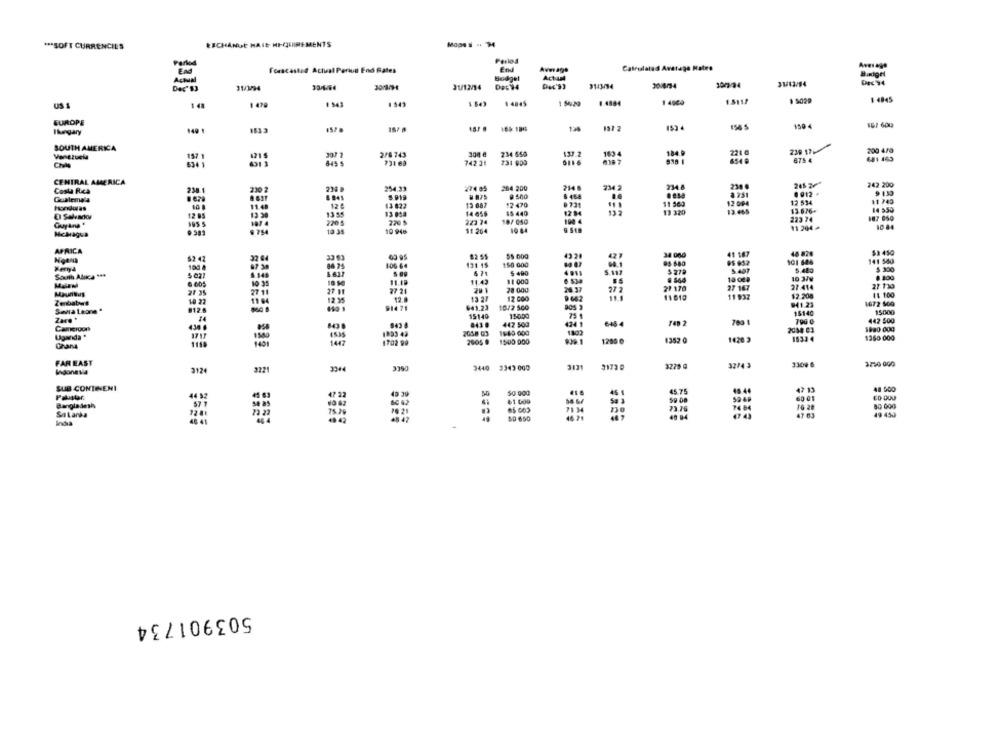
*** SOFT CURRENCIES
EXCHANGE HAIE MIQUIREMENTS
Perlos
forcasted Actual Periut End Rates
Average
Calrislaled Average Rateo
ActaMl
Budget
30/6/94
11/3/94
31/12/14
Duc'S)
1 9029
US $
1 48
1 470
1 543
1 543
1 4845
1 54,20
1.4884
EUROPE
165 1865
124
150 4
Ihungary
140 1
163 3
SOUTH AMERICA
2216
239 17
200 4/0
157 1
307 2
2/6743
300 €
234 650
137.
1634
184
675 4
681 465
4311
8455
742 31
6546
CENTRAL AMERICA
230 2
254.33
274 65
264 200
714 6
234 2
234 6
238 8
242 200
Costa Rea
5.919
6 454
0912 *
9 130
11.48
124
13 822
13 887
#2 470
11 563
12 004
12 534
11 740
Honduras
13 958
14 655
15 440
132
13 320
13.465
13 676-
14 550
12 85
13 30
1355
190 4
223 74
Guyana '
197 4
223 74
18/ 050
11 204 +
10.44
McMagua
10 34
10 948
11 264
19 84
9. Sta
APRICA
$3 450
33 63
69 95
82 55
$5 000
42
34 000
41 187
46 -824
84 75
1:00 64
121 15
150 000
101 626
141 540
Ferrya
100
6.637
$ 490
5.007
5.407
5.480
$ 300
11.4
11 000
. 53
$ $64
10 379
6.605
10 35
11.18
21 170
27 167
27 .414
27 130
27.11
27 21
78 000
28.37
27 2
11 932
12 300
11 100
Zenbabywe
11
12 35
12.8
13 21
12 000
11010
1672 500
Sena Leare
812.6
914 71
641.23
10/2 500
941.23
15000
Zare +
15149
15000
75 1
15140
447 500
424 1
442 500
1140 000
2054 03
1980 000
Uganda *
1580
1893 42
1280 0
1357 0
1420
1832 4
1360 000
1158
1447
1702 99
1500 000
FAR EAST
3250 000
Indonesia
3124
3221
3399
3440 3343 000
3121
3173
3225
32/4 3
3300 6
SUB CONTINENT
47 22
43.39
45
45 75
47 13
48 500
Pauser
44 92
60 01
Bangladesh
73.76
Starka
72 81
75.7
130
47 63
49 430
48 42
48. 47
$0 650
48 94
503901734